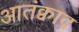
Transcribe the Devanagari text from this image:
आतंक्वाद